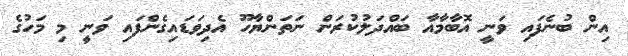
އިން ބުނެފައި ވަނީ އޮބާމާއާ ބައްދަލުކުރަން ނަތަންޔާހޫ އެދިވަޑައިގެންފައި ވަނީ މި މަހުގެ